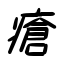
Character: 瘡